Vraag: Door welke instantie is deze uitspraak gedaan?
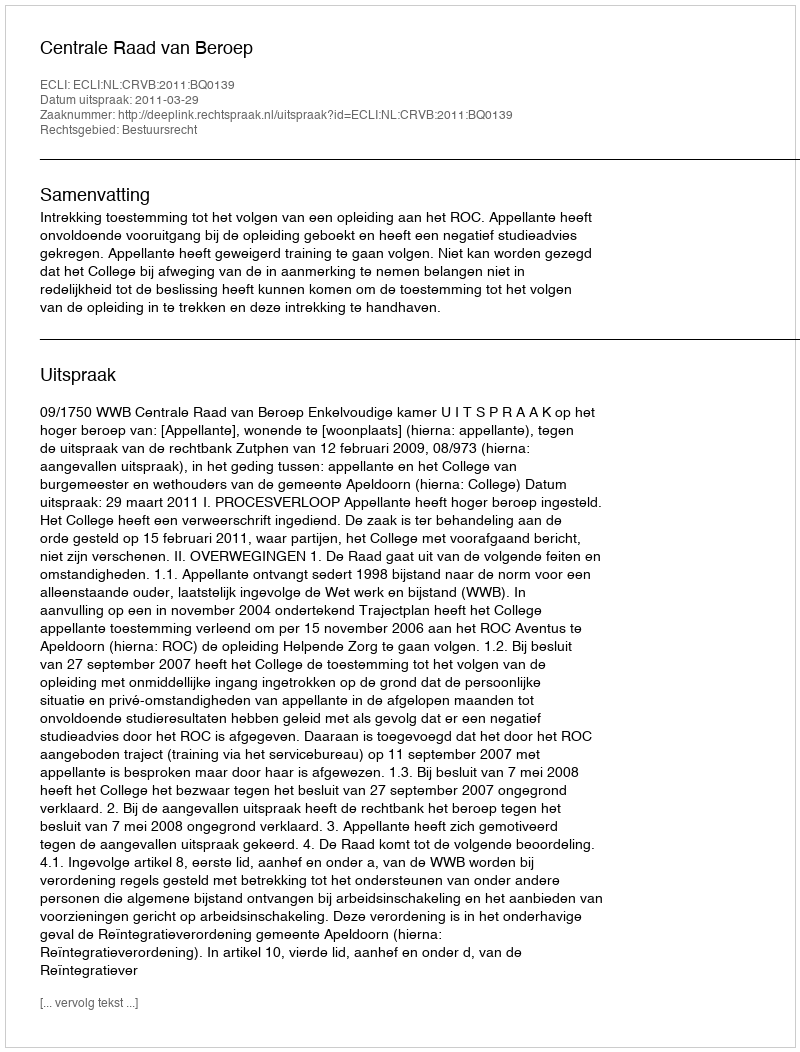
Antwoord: Centrale Raad van Beroep